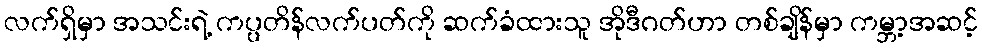
လက်ရှိမှာ အသင်းရဲ့ ကပ္ပတိန်လက်ပတ်ကို ဆက်ခံထားသူ အိုဒီဂတ်ဟာ တစ်ချိန်မှာ ကမ္ဘာ့အဆင့်